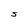
Character: S